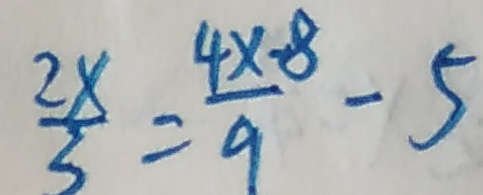
\frac { 2 x } { 3 } = \frac { 4 x - 8 } { 9 } - 5